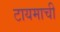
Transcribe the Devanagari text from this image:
टायमाची